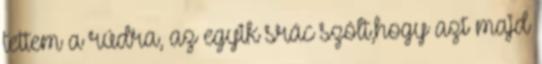
tettem a rúdra, az egyik srác szólt,hogy azt majd